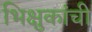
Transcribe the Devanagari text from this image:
भिक्षुकांची